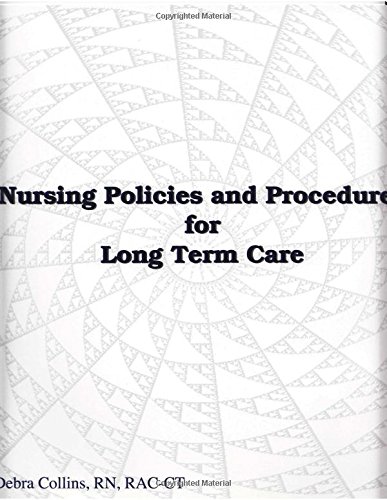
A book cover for Nursing Policies and Procedures for Long Term Care; RN, RAC-CT Debra Collins; Medical Books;